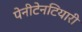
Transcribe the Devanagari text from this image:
पेनीटेनटियारी